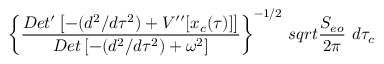
\left\{ { \frac { D e t ^ { \prime } \left[ - ( d ^ { 2 } / d \tau ^ { 2 } ) + V ^ { \prime \prime } [ x _ { c } ( \tau ) ] \right] } { D e t \left[ - ( d ^ { 2 } / d \tau ^ { 2 } ) + \omega ^ { 2 } \right] } } \right\} ^ { - 1 / 2 } \, s q r t { { \frac { S _ { e o } } { 2 \pi } } } \ d \tau _ { c }